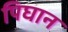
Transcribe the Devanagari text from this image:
पिघान